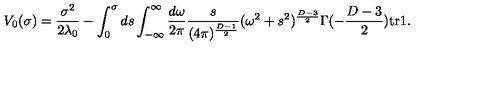
V _ { 0 } ( \sigma ) = \frac { \sigma ^ { 2 } } { 2 \lambda _ { 0 } } - \int _ { 0 } ^ { \sigma } d s \int _ { - \infty } ^ { \infty } \frac { d \omega } { 2 \pi } \frac { s } { ( 4 \pi ) ^ { \frac { D - 1 } { 2 } } } ( \omega ^ { 2 } + s ^ { 2 } ) ^ { \frac { D - 3 } { 2 } } \Gamma ( - \frac { D - 3 } { 2 } ) \mathrm { t r } \mathrm { \boldmath 1 } .